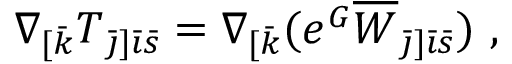
\nabla _ { [ \bar { k } } T _ { { \bar { \jmath } } ] { \bar { \imath } } { \bar { s } } } = \nabla _ { [ \bar { k } } ( e ^ { G } \overline { { { W } } } _ { { \bar { \jmath } } ] { \bar { \imath } } \bar { s } } ) \ ,